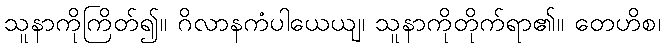
သူနာကိုကြိတ်၍။ ဂိလာနကံပါယေယျ၊ သူနာကိုတိုက်ရာ၏။ တေဟိစ၊